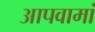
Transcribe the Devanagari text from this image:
आपवामां